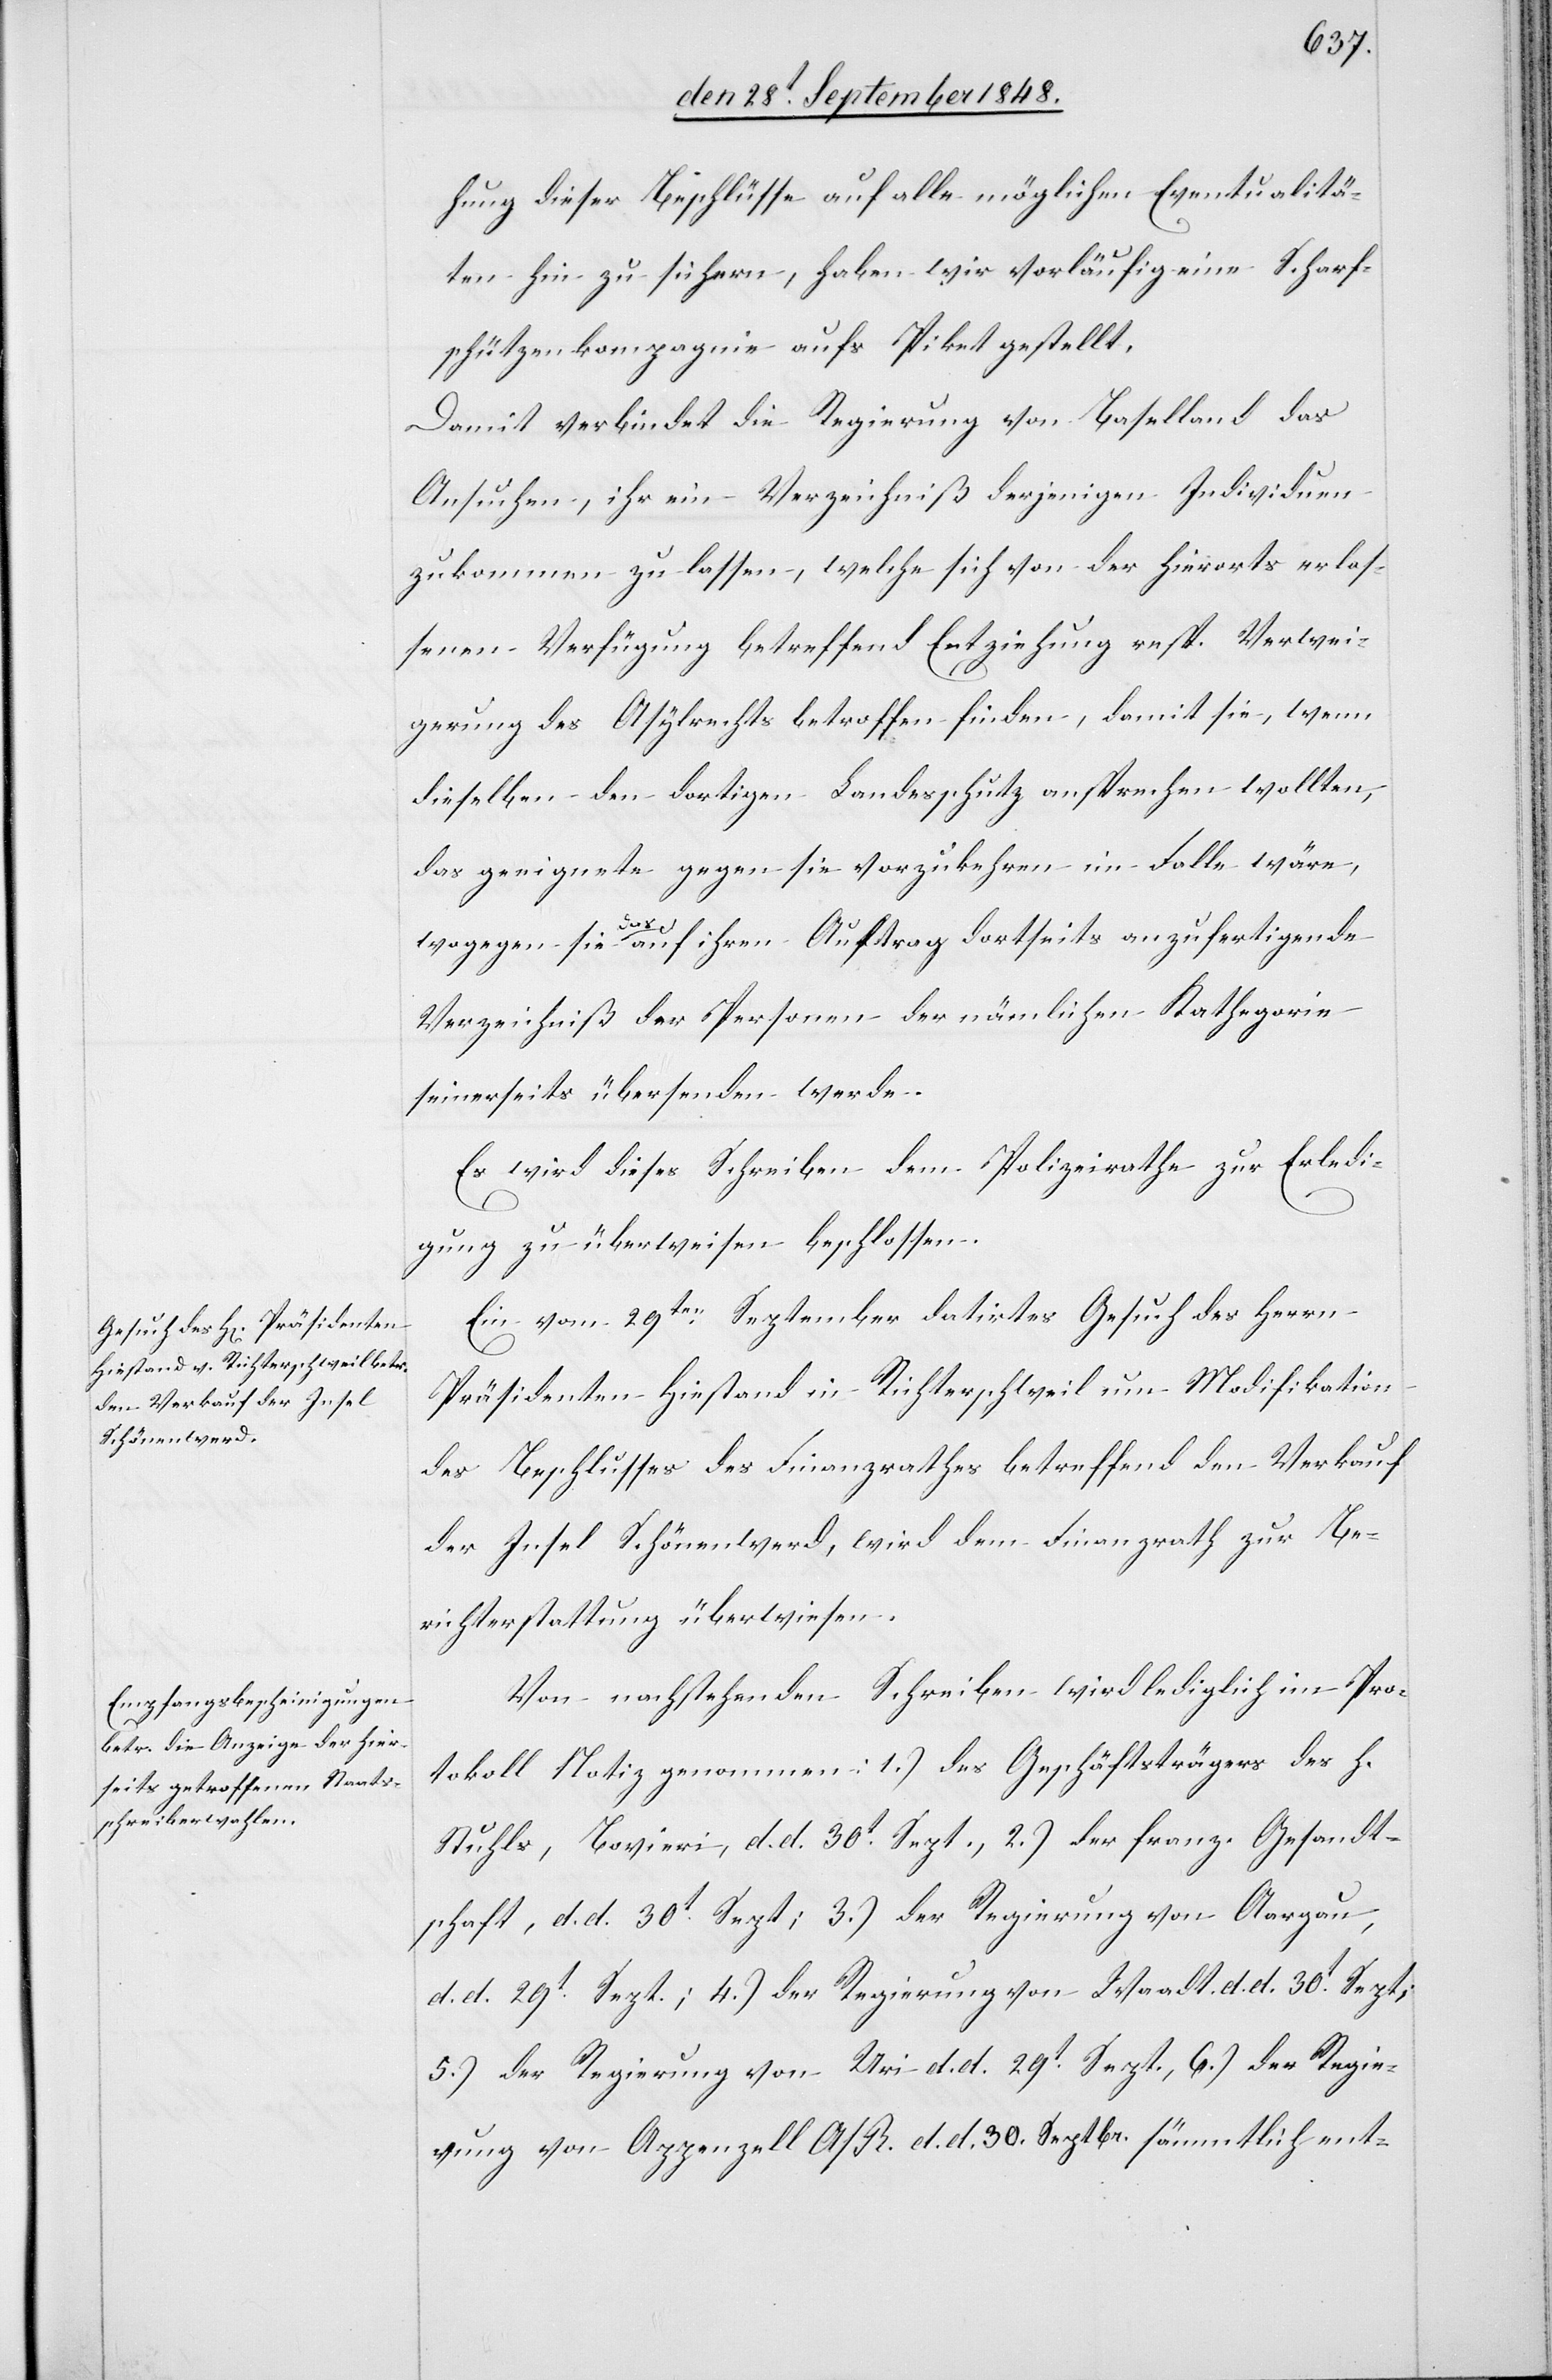
den 2t October 1848.]
hung dieser Beschlüsse auf alle möglichen Eventualitä¬
ten hin zu sichern, haben wird vorläufig eine Scharf¬
schützenkompagnie aufs Piket gestellt.
Damit verbindet die Regierung von Baselland das
Ansuchen, ihr ein Verzeichniß derjenigen Individuen
zukommen zu lassen, welche sich von der hierorts erlas¬
senen Verfügung betreffend Entziehung resp. Verwei¬
gerung des Asylrechts betroffen finden, damit sie, wenn
dieselben den dortigen Landesschutz ansprechen wollten,
das geeignete gegen sie vorzukehren im Falle wäre,
wogegen sie das auf ihren Auftrag dortseits anzufertigende
Verzeichniß der Personen der nämlichen Kathegorie
seinerseits übersenden werde.
Es wird dieses Schreiben dem Polizeirathe zur Erledi¬
gung zu überweisen beschlossen.
Ein vom 29ten. September datirtes Gesuch des Herrn
Präsidenten Hiestand in Richterschweil um Modifikation
des Beschlusses des Finanzrathes betreffend den Verkauf
der Insel Schönenwerd, wird dem Finanzrath zur Be¬
richterstattung überwiesen.
Von nachstehenden Schreiben wird lediglich im Pro¬
tokoll Notiz genommen: 1.) des Geschäftsträgers des H.
Stuhls, Bovieri, d. d. 30t. Sept., 2.) der franz. Gesandt¬
schaft, d. d. 30t. Sept; 3.) der Regierung von Aargau,
d. d. 29t. Sept.; 4.) der Regierung von Waadt d. d. 30t. Sept;
5.) der Regierung von Uri d. d. 29t. Sept., 6.) der Regie¬
rung von Appenzell A/R. d. d. 30. Septbr. sämmtlich ent-